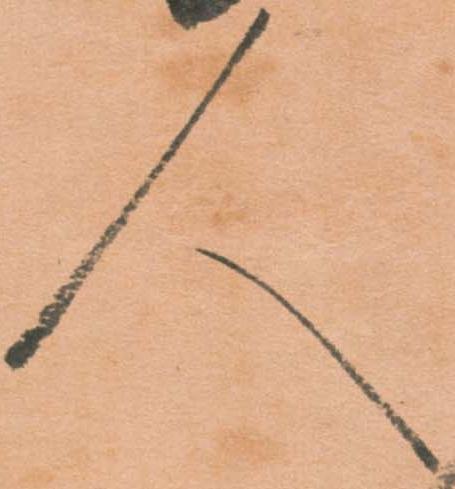
人